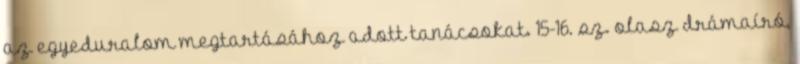
az egyeduralom megtartásához adott tanácsokat. 15-16. sz. olasz drámaíró,